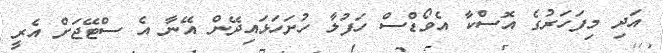
އަދި މިފަހަރުގެ އޮސްކާ އެވޯޑްސް ހަފުލާ ހުށަހަޅައިދޭން އޭނާ އެ ސްޓޭޖަށް އެރީ